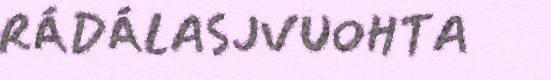
RÁDÁLASJVUOHTA